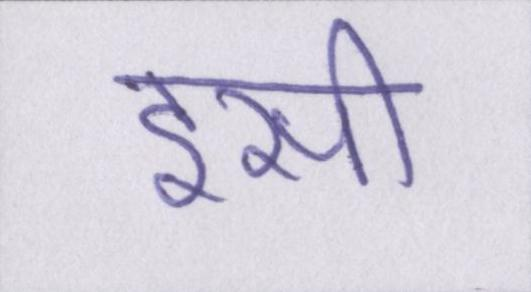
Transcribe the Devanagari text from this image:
इसी